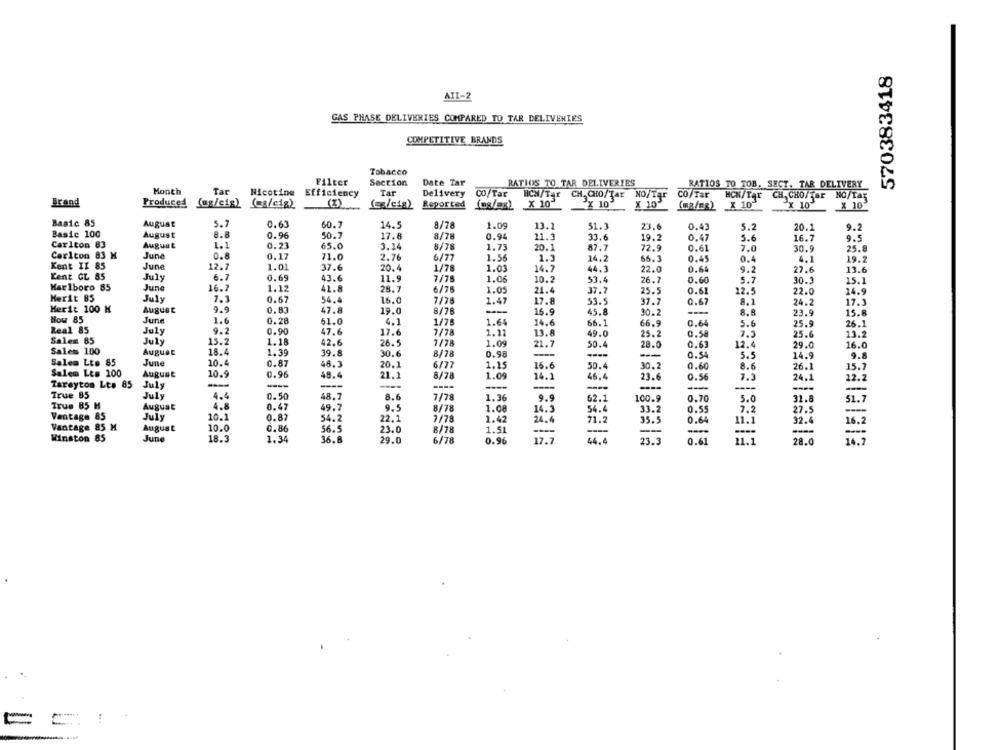
570383418
AIL-2
GAS PHASE DELIVERIES COMPARED TO TAR DELIVERIES
COMPETITIVE BRANDS
Tobacco
Filter
Section
Date Tar
RATIOS TO TAR DELIVERIES
RATIOS TO TOB. SECT. TAR DELIVERY
Month
Tar
Nicotine
Efficiency
Tar
Delivery
CO/ Tar
HCH/Tar
CH. CHO/TAT
NO/Tar
CO/Tar
MON/TAY
CH. CHO/Tar NO/Tax
Brand
X 10
X 10
Produced (mg/cig) (@a/cig)
(Z)
Reported
X 10
(ma/ca) X 10"
X 10
X 10
Basic 85
August
5.7
0.63
60.7
14.5
8/78
1.09
13.2
51.3
23.6
0.43
5.2
20.1
9.2
Basic 100
August
8.8
0.96
50.7
17.8
8/78
0.94
21.3
33.6
19.2
0.47
5.6
16.7
9.5
Carlton 83
Auguat
1.1
0.21
65.0
3.14
8/78
1.75
20.1
87.7
72.9
0.61
7.0
30.9
25.8
Carlton 83 X
Juna
0.17
71.0
2.76
6/77
1.56
1.3
14.2
66.3
0.45
0.4
4.1
9.2
Kent II 85
June
12.7
1.01
37.6
20.4
1/78
1.03
14.7
44.3
22.0
0.64
9.2
27.6
13.6
Kent GL 85
July
6.7
0.69
43.6
11.9
7/76
53.4
0.60
Marlboro 85
1.06
10.2
26.7
5.7
30.3
15.1
June
16.7
1.12
41.8
28.7
6/75
1.05
21.4
37.2
25.5
0.61
12.5
22.0
14.9
Merit B5
July
7.
0.67
54.4
16.0
7/78
1.47
17.8
53.5
37.7
0.67
8.1
24.2
Merit 100 M
9.9
17.5
August
0.83
47.8
19.0
8/75
---
16.9
45.8
30.2
8.8
23.9
15.
How 85
June
1.6
0.28
61.0
4.1
1/7
1.64
14.6
66.1
66.9
0.64
5.6
Real 85
July
9.2
0.90
47.6
17.6
7/78
1.27
25.9
26.1
13.8
49.0
25.2
0.58
7.3
25.6
13.2
Salem 85
July
15.2
1.16
42.6
26.5
7/78
1.09
21.7
50.4
28.0
0.69
12.4
29.0
16.6
Sales 100
August
18.4
1.39
39.8
30.6
8/78
0.98
-
-
---
0.54
5.5
14.9
9.8
Salem Lto 85
June
10.4
0.87
48.3
20.1
6/77
1.15
16.
50.4
30.2
0.60
8.6
26.1
Salem Les 100
August
10.9
0.96
48.4
21.1
8/78
1.09
14.1
46.4
23.6
0.56
7.3
24.1
15.7
Tareyton Lt. 85
July
-
--
-
-
----
--
---
True 85
July
4.4
0.50
48.7
8.6
7/78
1.36
9.9
62.1
100.9
0.70
5.0
True 85 H
August
4.8
0.47
49.7
31.8
9.5
8/78
1.08
14.3
54.4
33.2
0.55
7.2
27.5
Vantage 85
July
10.1
0.82
54.2
22.1
7/78
1.42
24.4
71.2
35.5
0.64
11.1
32.4
Vantage 85 M
August
10.0
0.86
56.5
16.2
23.0
8/78
1.51
----
-
---
-
-
Winston 85
June
18.3
1.34
36.8
29.0
6/78
0.96
17.7
44.4
23.3
0.61
11.1
28.0
16.